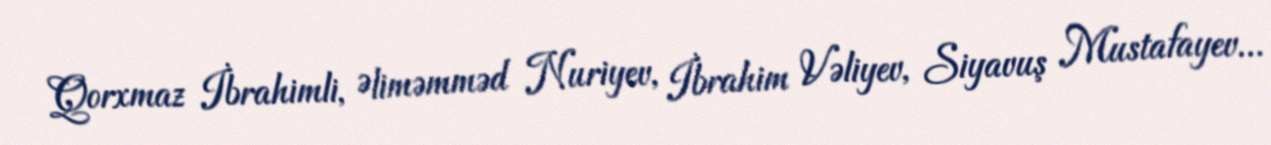
Qorxmaz İbrahimli, Əliməmməd Nuriyev, İbrahim Vəliyev, Siyavuş Mustafayev...